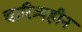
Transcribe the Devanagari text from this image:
चारित्र्यहीन